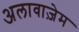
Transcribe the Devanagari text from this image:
अलावाज़ेम